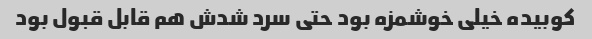
کوبیده خیلی خوشمزه بود حتی سرد شدش هم قابل قبول بود